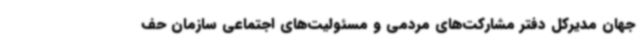
جهان مدیرکل دفتر مشارکت‌های مردمی و مسئولیت‌های اجتماعی سازمان حف